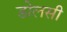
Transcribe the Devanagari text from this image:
डोलसी